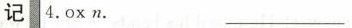
记4.0 xn. _______________